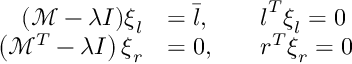
\begin{array} { r l r l } { ( \mathcal { M } - \lambda I ) \boldsymbol { \xi } _ { l } } & { = \bar { \boldsymbol { l } } , } & & { \boldsymbol { l } ^ { T } \boldsymbol { \xi } _ { l } = 0 } \\ { \left( \mathcal { M } ^ { T } - \lambda I \right) \boldsymbol { \xi } _ { r } } & { = 0 , } & & { \boldsymbol { r } ^ { T } \boldsymbol { \xi } _ { r } = 0 } \end{array}